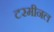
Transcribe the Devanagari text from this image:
टरमीनल